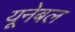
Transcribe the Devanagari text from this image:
यूनेबल